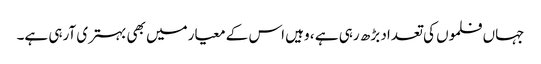
جہاں فلموں کی تعداد بڑھ رہی ہے ، وہیں اس کے معیارمیں بھی بہتری آرہی ہے۔